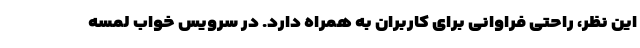
این نظر، راحتی فراوانی برای کاربران به همراه دارد. در سرویس خواب لمسه